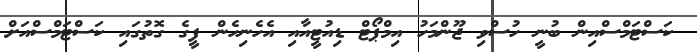
ކަސްޓަމްސްއިން ބުނީ ހުސްވި ޖޫންމަހު އިމްޕޯޓް ޑިއުޓީއާއި އެހެނިހެން ފީގެ ގޮތުގައި ކަސްޓަމްސްއަށް